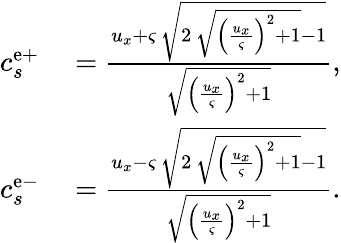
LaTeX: \begin{array}{rl}{c_{s}^{\mathrm{e+}}}&{{}=\frac{u_{x}+\varsigma\, \sqrt{2\, \sqrt{{\left(\frac{u_{x}}{\varsigma}\right)}^{2}+1}-1}}{\sqrt{{\left(\frac{u_{x}}{\varsigma}\right)}^{2}+1}},}\\ {c_{s}^{\mathrm{e-}}}&{{}=\frac{u_{x}-\varsigma\, \sqrt{2\, \sqrt{{\left(\frac{u_{x}}{\varsigma}\right)}^{2}+1}-1}}{\sqrt{{\left(\frac{u_{x}}{\varsigma}\right)}^{2}+1}}.}\end{array}